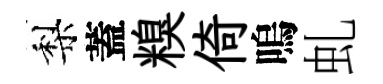
梨蓋糗倚嗚虬